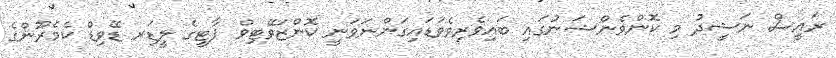
ރައީސް ނަޝީދު މި ކޮންވެންޝަނުގައި ބައިވެރިވެވަޑައިގަންނަވަނީ ކޮންޒަވޭޓިވް ޕާޓީގެ ލީޑަރ ޑޭވިޑް ކެމެރޫންގެ